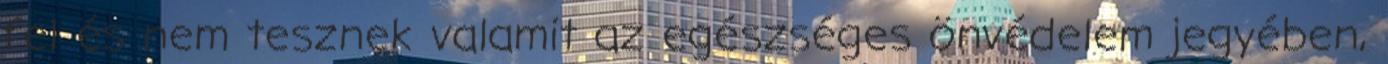
fel és nem tesznek valamit az egészséges önvédelem jegyében,